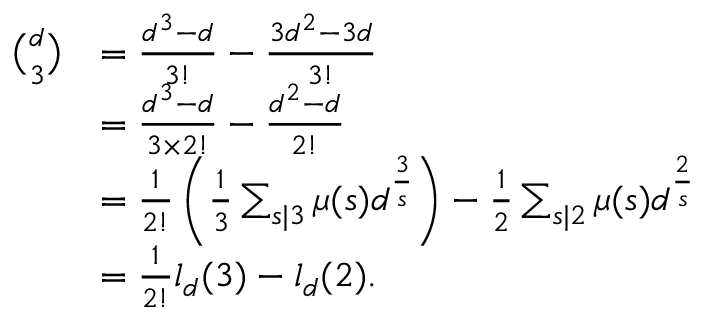
\begin{array} { r l } { { \binom { d } { 3 } } } & { = \frac { d ^ { 3 } - d } { 3 ! } - \frac { 3 d ^ { 2 } - 3 d } { 3 ! } } \\ & { = \frac { d ^ { 3 } - d } { 3 \times 2 ! } - \frac { d ^ { 2 } - d } { 2 ! } } \\ & { = \frac { 1 } { 2 ! } \left( \frac { 1 } { 3 } \sum _ { s | 3 } \mu ( s ) d ^ { \frac { 3 } { s } } \right) - \frac { 1 } { 2 } \sum _ { s | 2 } \mu ( s ) d ^ { \frac { 2 } { s } } } \\ & { = \frac { 1 } { 2 ! } l _ { d } ( 3 ) - l _ { d } ( 2 ) . } \end{array}